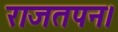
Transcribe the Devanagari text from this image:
राजतपन।